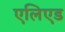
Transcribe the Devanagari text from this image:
एलिएड